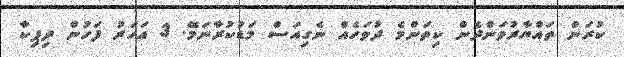
ކުރަން ތައްޔާރުވަންދެން ކިތަންމެ ދުވަހެއް ނެގިއަސް މަޑުކުރާނަމޭ. 3 އަހަރު ފަހުން ދިޕިކާ